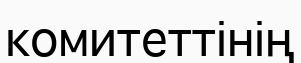
комитеттінің